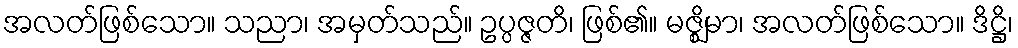
အလတ်ဖြစ်သော။ သညာ၊ အမှတ်သည်။ ဥပ္ပဇ္ဇတိ၊ ဖြစ်၏။ မဇ္ဈိမာ၊ အလတ်ဖြစ်သော။ ဒိဋ္ဌိ၊